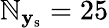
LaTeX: \mathbb{N}_{\mathbf{{y}}_{\mathrm{{s}}}}=25